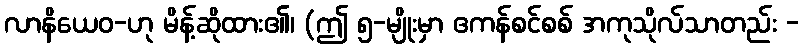
လာနိယေဝ-ဟု မိန့်ဆိုထား၏၊ (ဤ ၅-မျိုးမှာ ဧကန်စင်စစ် အကုသိုလ်သာတည်း -